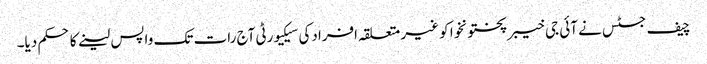
چیف جسٹس نے آئی جی خیبرپختونخوا کو غیر متعلقہ افرادکی سیکیورٹی آج رات تک واپس لینے کا حکم دیا۔